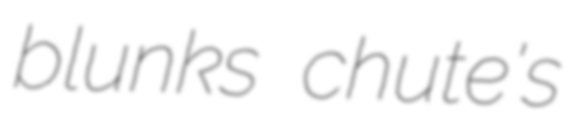
blunks chute's